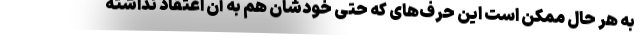
به هر حال ممکن است این حرف‌های که حتی خودشان هم به آن اعتقاد نداشته